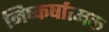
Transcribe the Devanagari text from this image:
निष्कर्षात्मक